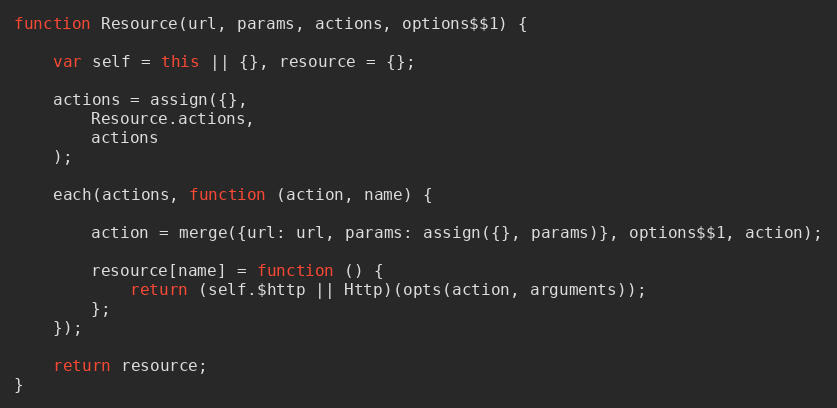
Language: JavaScript
function Resource(url, params, actions, options$$1) {

    var self = this || {}, resource = {};

    actions = assign({},
        Resource.actions,
        actions
    );

    each(actions, function (action, name) {

        action = merge({url: url, params: assign({}, params)}, options$$1, action);

        resource[name] = function () {
            return (self.$http || Http)(opts(action, arguments));
        };
    });

    return resource;
}